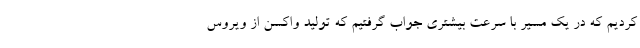
کردیم که در یک مسیر با سرعت بیشتری جواب گرفتیم که تولید واکسن از ویروس